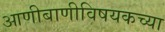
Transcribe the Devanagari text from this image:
आणीबाणीविषयकच्या